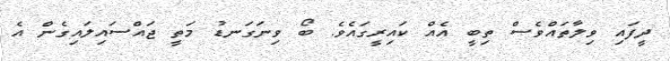
ދީފައި ވިލާތައްވެސް ތިބީ އެއް ކައިރީގައެވެ. ބޯ ވިނަގަނޑު މަތީ ޖައްސައިލައިގެން އެ